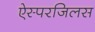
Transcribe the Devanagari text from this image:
ऐस्परजिलस